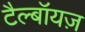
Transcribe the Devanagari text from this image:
टैल्बॉयज़